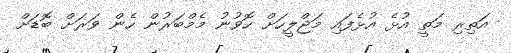
އަތިރި މަތީ އުޅެ އުޅެފައި މަޖްލީހަށް ހޮވުނު މެމްބަރުން ހެން ވަރަށް ބޮޑަށް